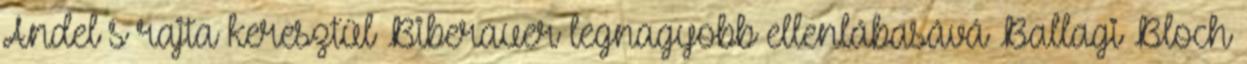
Andel s rajta keresztül Biberauer legnagyobb ellenlábasává Ballagi Bloch